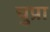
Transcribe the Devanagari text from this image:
चुप्रा